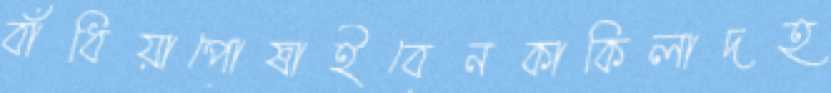
বাঁধিয়াপোষাইবেনকাকিলাদহ